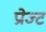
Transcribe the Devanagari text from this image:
प्रोज्ट